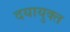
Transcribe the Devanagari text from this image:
दयायुक्त